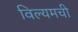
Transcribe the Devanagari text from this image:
विल्यमची